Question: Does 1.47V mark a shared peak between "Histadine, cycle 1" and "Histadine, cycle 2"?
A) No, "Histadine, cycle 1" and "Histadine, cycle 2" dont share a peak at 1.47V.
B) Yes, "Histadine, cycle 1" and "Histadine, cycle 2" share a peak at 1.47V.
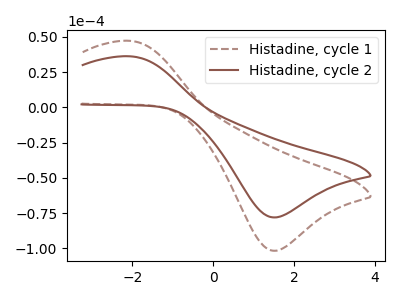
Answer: <think>The brown dashed curve "Histadine, cycle 1" has an anodic peak at (-2.10V, 47.20uA) and a cathodic peak at (1.45V, -101.70uA). The brown curve "Histadine, cycle 2" has an anodic peak at (-2.10V, 36.25uA) and a cathodic peak at (1.45V, -78.05uA).</think>
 <answer>B) Yes, "Histadine, cycle 1" and "Histadine, cycle 2" share a peak at 1.47V.</answer>
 <eval>B</eval>